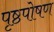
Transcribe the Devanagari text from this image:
पृष्ठपोषण